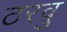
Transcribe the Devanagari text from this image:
ठरवु